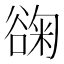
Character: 䜯